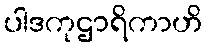
ပါဒကုဌာရိကာဟိ